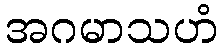
အဂမာသဟံ